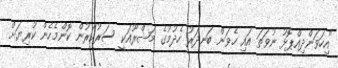
"އިހަވަންދިއްޕޮޅު ނުވަތަ އައި ހެވަން ބަނދަރު ހެދުމުގެ މަޝްރޫއަކީ ސަރުކާރުން ކޮންމެހެން ކުރިޔަށް